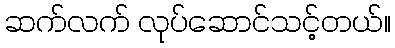
ဆက်လက် လုပ်ဆောင်သင့်တယ်။